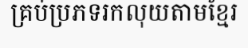
គ្រប់ប្រភទរកលុយតាមខ្មែរ